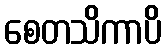
စေတသိကာပိ